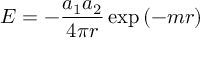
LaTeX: E = - { \frac { a _ { 1 } a _ { 2 } } { 4 \pi r } } \exp \left( - m r \right)